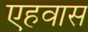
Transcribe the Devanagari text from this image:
एहवास